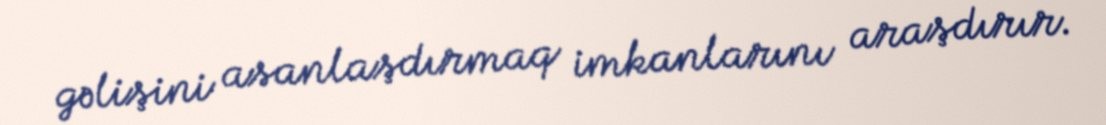
gəlişini asanlaşdırmaq imkanlarını araşdırır.